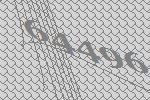
64496